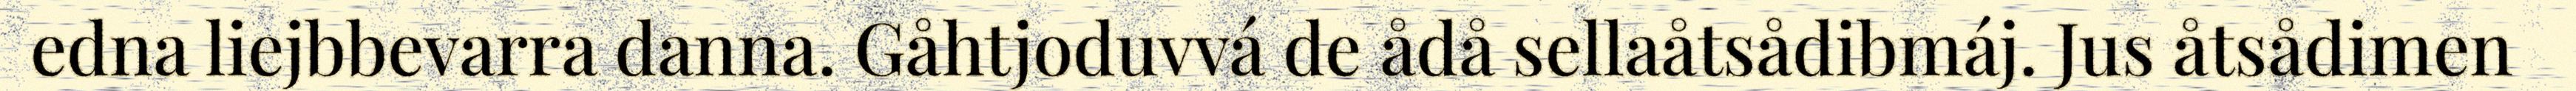
edna liejbbevarra danna. Gåhtjoduvvá de ådå sellaåtsådibmáj. Jus åtsådimen